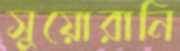
সুয়োরানি